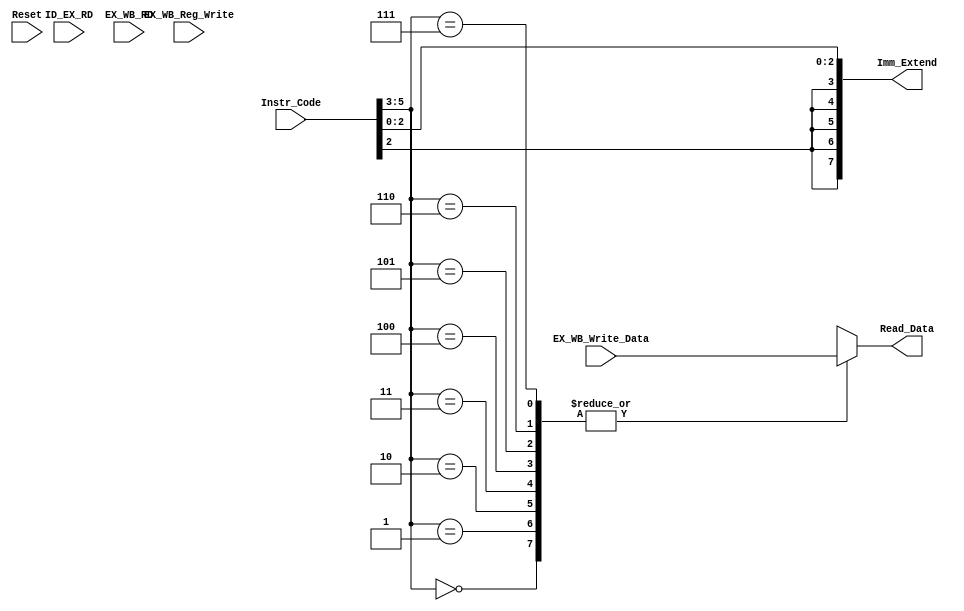
`timescale 1ns / 1ps
//////////////////////////////////////////////////////////////////////////////////
// Company: 
// Engineer: 
// 
// Design Name: 
// Module Name:    Register 
// Project Name: 
// Target Devices: 
// Tool versions: 
// Description: 
//
// Dependencies: 
//
// Revision: 
// Revision 0.01 - File Created
// Additional Comments: 
//
//////////////////////////////////////////////////////////////////////////////////
module Register(
    input [7:0] Instr_Code,
	 input [2:0] ID_EX_RD,
	 input [2:0] EX_WB_RD,
    input [7:0] EX_WB_Write_Data,
    input EX_WB_Reg_Write,
    input Reset,
	 output reg [7:0] Read_Data,
	 output [7:0] Imm_Extend
    );
	 
	 reg[2:0] RS;
	 reg[7:0] RegFile[7:0]; 
	 
	 
	 always@* 
	 begin
			if(EX_WB_Reg_Write == 1)
			begin
				RegFile[EX_WB_RD] = EX_WB_Write_Data;
			end
			
			Read_Data = RegFile[Instr_Code[5:3]];
//			if(EX_WB_RD == Instr_Code[5:3])
	//			Read_Data = EX_WB_Write_Data;
		//	else
			//	Read_Data = RegFile[Instr_Code[5:3]];
	 end	 
	 
	 assign Imm_Extend = {{5{Instr_Code[2]}}, Instr_Code[2:0]};
	 
	 always@(negedge Reset)
	 begin
		if(Reset == 0)
		begin
			RegFile[0]=8'b00000000; RegFile[1]=8'b00000001; 
			RegFile[2]=8'b00000010; RegFile[3]=8'b00000011;
			RegFile[4]=8'b00000100; RegFile[5]=8'b00000101; 
			RegFile[6]=8'b00000110; RegFile[7]=8'b00000111;
		end
	end
	
	
endmodule